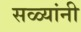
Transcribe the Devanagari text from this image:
सळ्यांनी